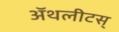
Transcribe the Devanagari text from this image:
ॲथलीटस्